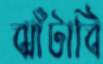
ঝাঁটাবি